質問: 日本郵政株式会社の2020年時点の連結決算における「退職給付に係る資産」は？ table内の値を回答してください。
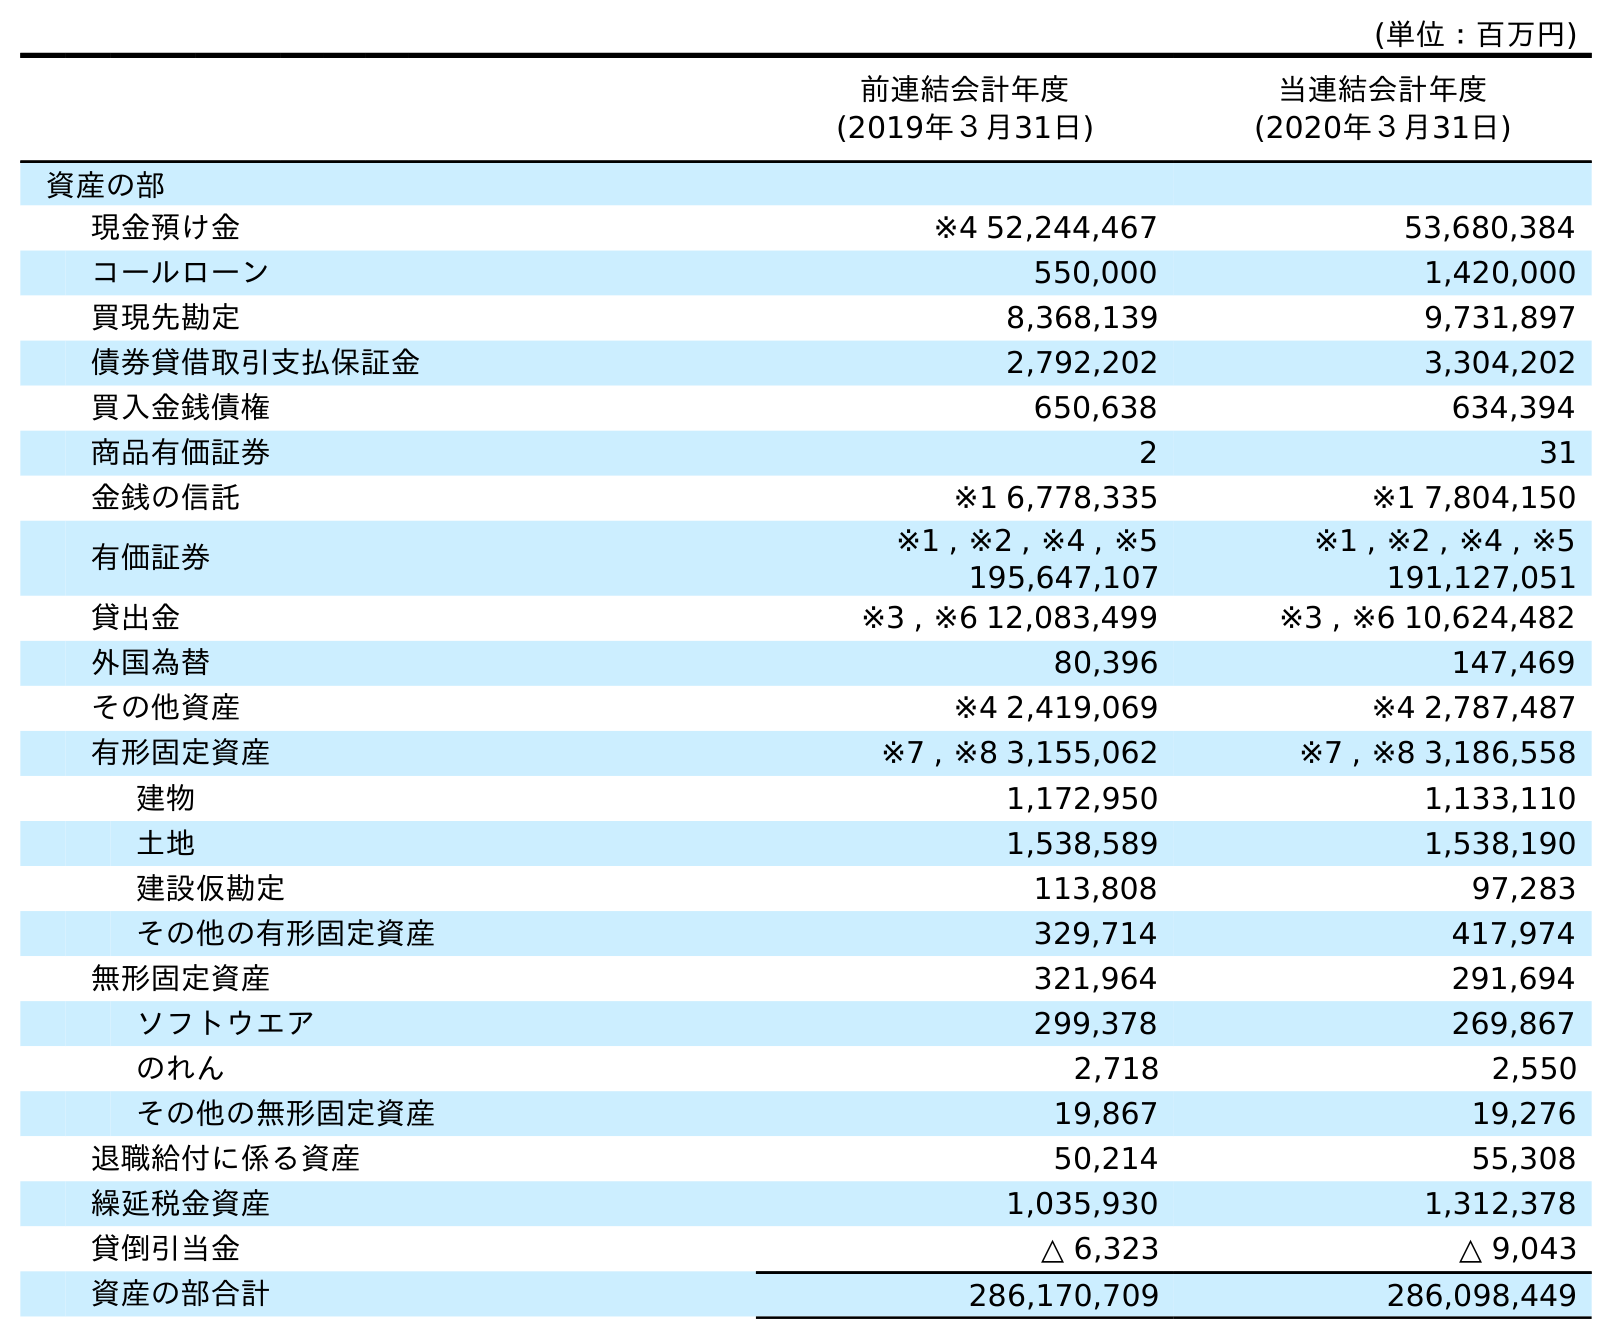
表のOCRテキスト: (単位：百万円) 前連結会計年度 (2019年３月31日) 当連結会計年度 (2020年３月31日) 資産の部 現金預け金 ※4 52,244,467 53,680,384 コールローン 550,000 1,420,000 買現先勘定 8,368,139 9,731,897 債券貸借取引支払保証金 2,792,202 3,304,202 買入金銭債権 650,638 634,394 商品有価証券 2 31 金銭の信託 ※1 6,778,335 ※1 7,804,150 有価証券 ※1 , ※2 , ※4 , ※5 195,647,107 ※1 , ※2 , ※4 , ※5 191,127,051 貸出金 ※3 , ※6 12,083,499 ※3 , ※6 10,624,482 外国為替 80,396 147,469 その他資産 ※4 2,419,069 ※4 2,787,487 有形固定資産 ※7 , ※8 3,155,062 ※7 , ※8 3,186,558 建物 1,172,950 1,133,110 土地 1,538,589 1,538,190 建設仮勘定 113,808 97,283 その他の有形固定資産 329,714 417,974 無形固定資産 321,964 291,694 ソフトウエア 299,378 269,867 のれん 2,718 2,550 その他の無形固定資産 19,867 19,276 退職給付に係る資産 50,214 55,308 繰延税金資産 1,035,930 1,312,378 貸倒引当金 △ 6,323 △ 9,043 資産の部合計 286,170,709 286,098,449
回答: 55,308